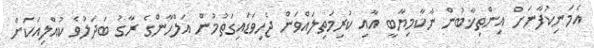
އެމަނިކުފާނަށް އިންތިޚާބުން ނާކާމިޔާބީ އާއި ކުރިމަތިލައްވަން ޖެހިވަޑައިގަތުމުން އަލްހާންގެ ރާގު ބަދަލުވެ ކުއްލިއަކަށް